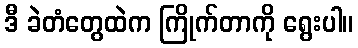
ဒီ ခဲတံတွေထဲက ကြိုက်တာကို ရွေးပါ။